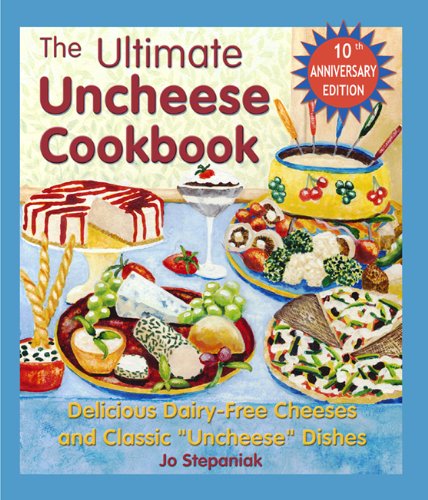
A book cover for The Ultimate Uncheese Cookbook: Delicious Dairy-Free Cheeses and Classic "Uncheese" Dishes; Jo Stepaniak; Cookbooks, Food & Wine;